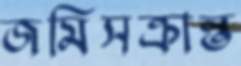
জমিসক্রান্ত